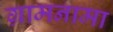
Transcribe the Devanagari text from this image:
ग्रामनामा